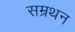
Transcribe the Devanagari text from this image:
सम्रथन